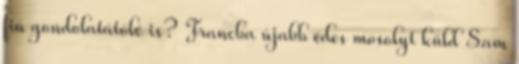
fiú gondolatátólé is? Francba újabb édes mosolyt küld Sam